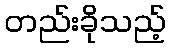
တည်းခိုသည့်